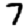
Digit: 7